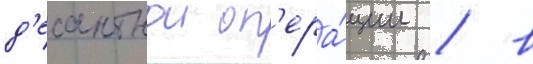
д'есантнои оп'ера́ции / в